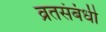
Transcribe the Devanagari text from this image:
व्रतसंबंधी